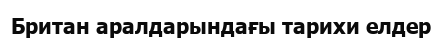
Британ аралдарындағы тарихи елдер